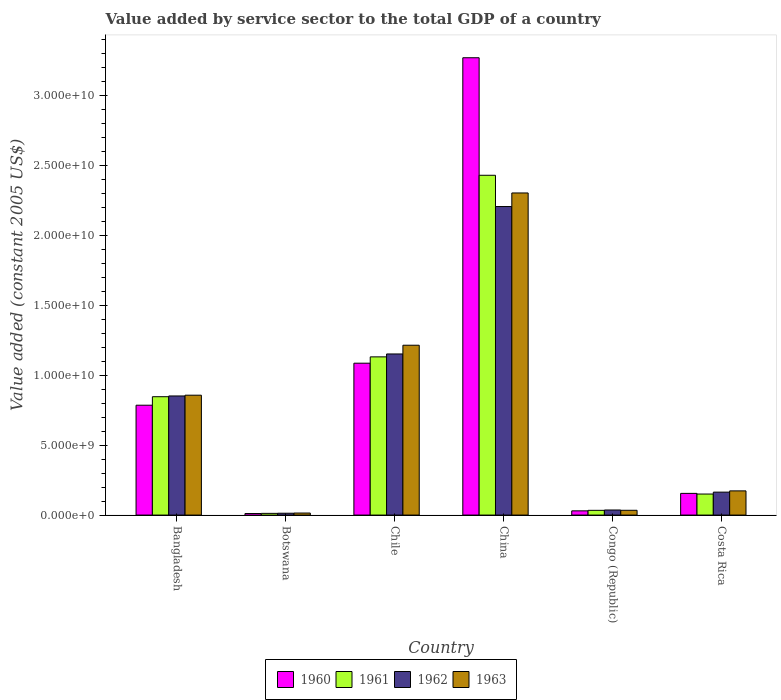
| Country | 1960 | 1961 | 1962 | 1963 |
 | --- | --- | --- | --- | --- |
 | Bangladesh | 7.86e+09 | 8.47e+09 | 8.52e+09 | 8.58e+09 |
 | Botswana | 1.11e+08 | 1.22e+08 | 1.32e+08 | 1.45e+08 |
 | Chile | 1.09e+10 | 1.13e+10 | 1.15e+10 | 1.22e+10 |
 | China | 3.27e+10 | 2.43e+10 | 2.21e+10 | 2.3e+10 |
 | Congo (Republic) | 3.02e+08 | 3.39e+08 | 3.64e+08 | 3.42e+08 |
 | Costa Rica | 1.55e+09 | 1.51e+09 | 1.64e+09 | 1.73e+09 |